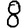
Digit: 8